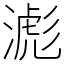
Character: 滮